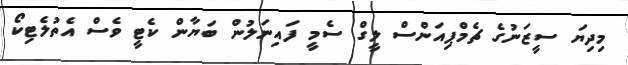
މިދިޔަ ސީޒަނުގެ ޗެމްޕިއަންސް ލީގް ސެމީ ފައިނަލުން ބަޔާން ކެޓީ ވެސް އެތުލެޓިކޯ